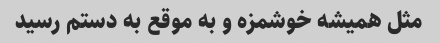
مثل همیشه خوشمزه و به موقع به دستم رسید